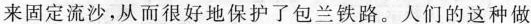
来固定流沙，从而很好地保护了包兰铁路。人们的这种做